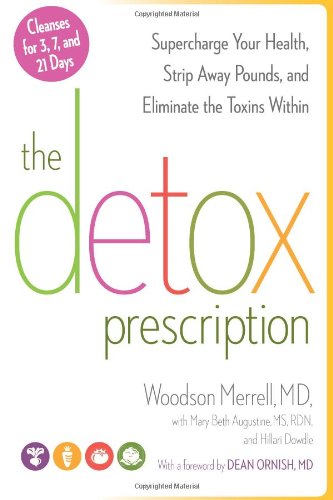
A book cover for The Detox Prescription: Supercharge Your Health, Strip Away Pounds, and Eliminate the Toxins Within; Woodson Merrell; Health, Fitness & Dieting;